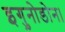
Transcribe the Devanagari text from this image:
इगु़नोडोन।